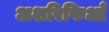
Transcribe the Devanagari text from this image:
अशरिफिआँ